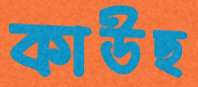
কাউছ